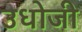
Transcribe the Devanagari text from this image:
उधोजी